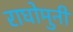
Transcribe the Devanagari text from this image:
राघोमुनी